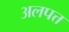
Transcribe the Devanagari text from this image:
अलपत्त